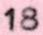
18